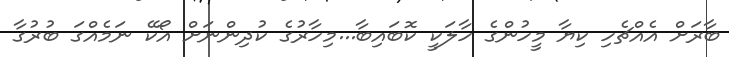
ބާރަށް އެެއްޗެހި ކިޔާ މީހުންގެ ހާލަކީ ކޮބައިބާ...މިހާރުގެ ކުދިންނަށް އޯކޭ ނަމެއްގަ ބުރުގާ